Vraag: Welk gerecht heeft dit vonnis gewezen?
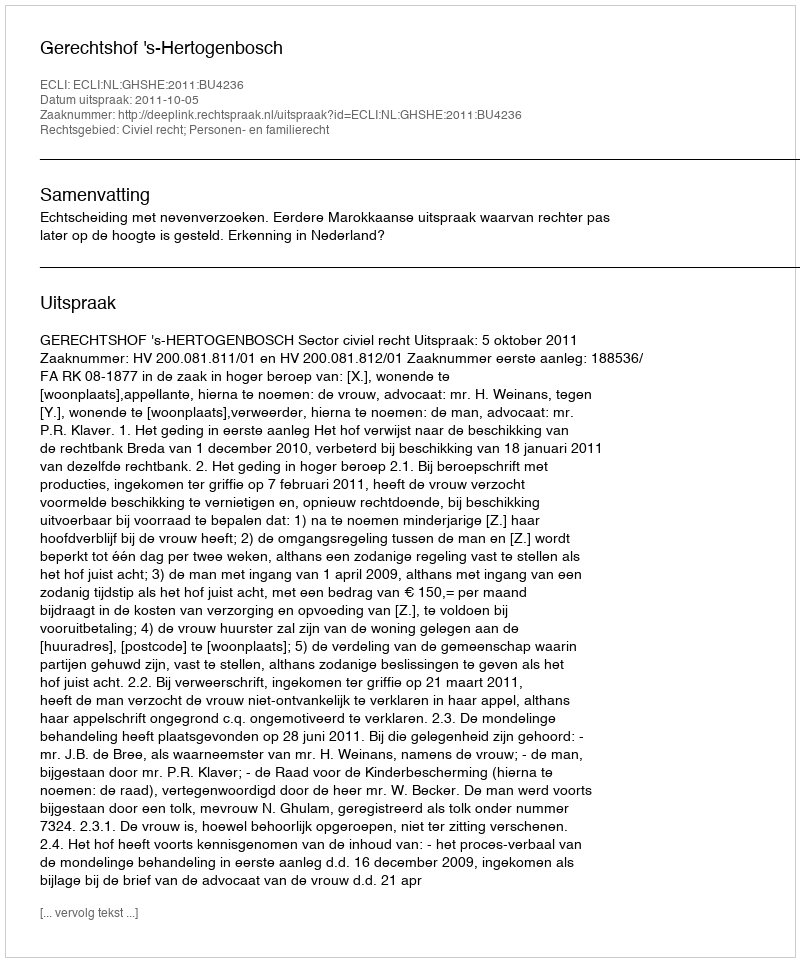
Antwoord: Gerechtshof 's-Hertogenbosch